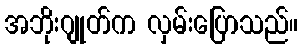
အဘိုးဂျုတ်က လှမ်းပြောသည်။